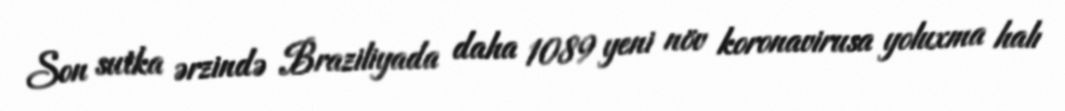
Son sutka ərzində Braziliyada daha 1089 yeni növ koronavirusa yoluxma halı